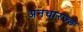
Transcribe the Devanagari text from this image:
अनचारज्ड